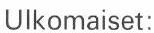
Ulkomaiset: